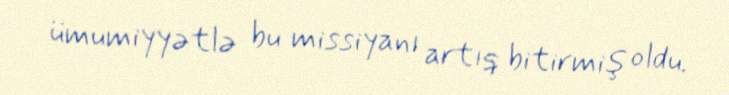
ümumiyyətlə bu missiyanı artıq bitirmiş oldu.